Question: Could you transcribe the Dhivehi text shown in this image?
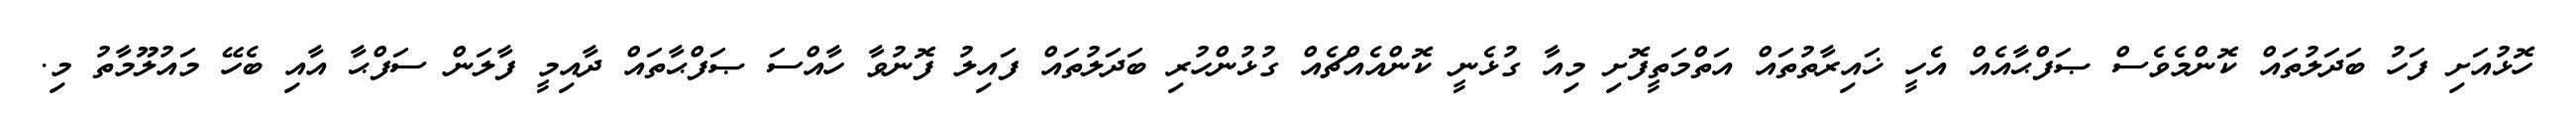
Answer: ހޮޅުއަށި ފަހު ބަދަލުތައް ކޮންމެވެސް ޞަފްޙާއެއް އެހީ ޚައިރާތުތައް އަތްމަތީފޮށި މިއާ ގުޅެނީ ކޮންއެއްޗެއް ގުޅުންހުރި ބަދަލުތައް ފައިލު ފޮނުވާ ހާއްސަ ޞަފްޙާތައް ދާއިމީ ފާލަން ސަފްޙާ އާއި ބެހޭ މައުލޫމާތު މި.